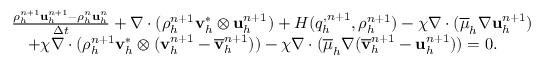
\begin{array} { r l } & { \frac { \rho _ { h } ^ { n + 1 } \mathbf u _ { h } ^ { n + 1 } - \rho _ { h } ^ { n } \mathbf u _ { h } ^ { n } } { \Delta t } + \nabla \cdot ( \rho _ { h } ^ { n + 1 } \mathbf v _ { h } ^ { * } \otimes \mathbf u _ { h } ^ { n + 1 } ) + H ( q _ { h } ^ { , n + 1 } , \rho _ { h } ^ { n + 1 } ) - \chi \nabla \cdot ( \overline { { \mu } } _ { h } \nabla { \mathbf u } _ { h } ^ { n + 1 } ) } \\ & { \quad + \chi \nabla \cdot ( \rho _ { h } ^ { n + 1 } \mathbf v _ { h } ^ { * } \otimes ( \mathbf v _ { h } ^ { n + 1 } - \overline { { \mathbf v } } _ { h } ^ { n + 1 } ) ) - \chi \nabla \cdot ( \overline { { \mu } } _ { h } \nabla ( \overline { { \mathbf v } } _ { h } ^ { n + 1 } - { \mathbf u } _ { h } ^ { n + 1 } ) ) = \boldsymbol { 0 } . } \end{array}